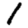
Digit: 1